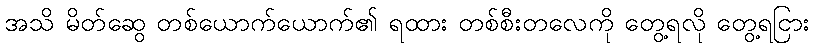
အသိ မိတ်ဆွေ တစ်ယောက်ယောက်၏ ရထား တစ်စီးတလေကို တွေ့ရလို တွေ့ရငြား